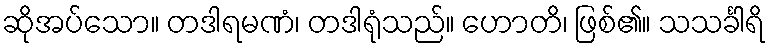
ဆိုအပ်သော။ တဒါရမဏံ၊ တဒါရုံသည်။ ဟောတိ၊ ဖြစ်၏။ သသင်္ခါရိ